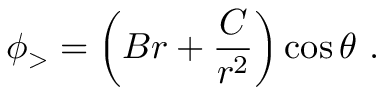
\phi _ { > } = \left( B r + { \frac { C } { r ^ { 2 } } } \right) \cos \theta \ .